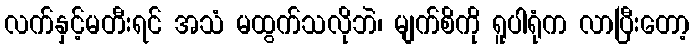
လက်နှင့်မတီးရင် အသံ မထွက်သလိုဘဲ၊ မျက်စိကို ရူပါရုံက လာပြီးတော့